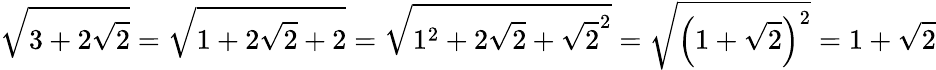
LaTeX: {\sqrt{3+2{\sqrt{2}}}}={\sqrt{1+2{\sqrt{2}}+2}}={\sqrt{1^{2}+2{\sqrt{2}}+{\sqrt{2}}^{2}}}={\sqrt{\left(1+{\sqrt{2}}\right)^{2}}}=1+{\sqrt{2}}